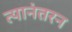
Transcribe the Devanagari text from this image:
त्यानंतरन